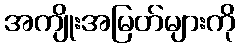
အကျိုးအမြတ်များကို